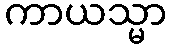
ကာယသ္မာ